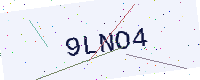
Text: 9LNO4